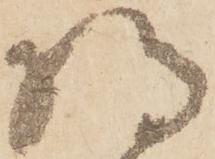
将